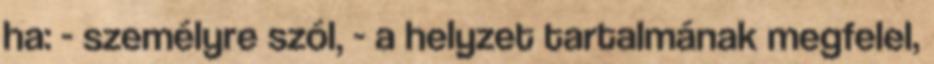
ha: - személyre szól, - a helyzet tartalmának megfelel,